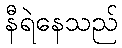
နီရဲနေသည်